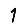
Digit: 1